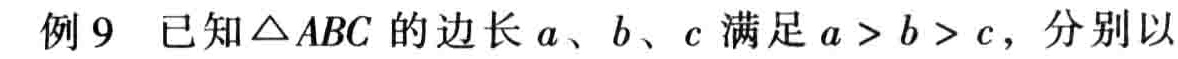
例9 已知$\triangle ABC$的边长$a$、$b$、$c$满足$a > b > c$，分别以